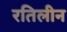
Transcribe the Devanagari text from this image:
रतिलीन